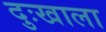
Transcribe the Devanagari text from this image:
दुःखाला